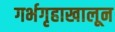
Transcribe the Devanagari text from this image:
गर्भगृहाखालून